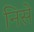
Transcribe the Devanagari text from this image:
निसे